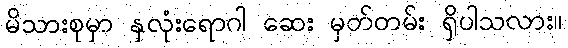
မိသားစုမှာ နှလုံးရောဂါ ဆေး မှတ်တမ်း ရှိပါသလား။